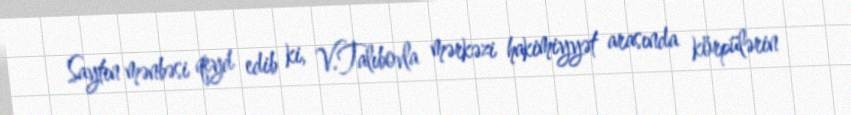
Saytın mənbəsi qeyd edib ki, V.Talıbovla mərkəzi hakimiyyət arasında körpülərin